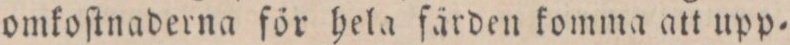
omkoſtnaderna för hela färden komma att upp=